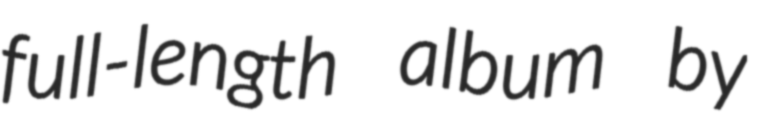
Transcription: full-length album by